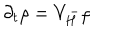
\partial _ { t } \rho = V _ { H } ^ { - } \rho